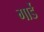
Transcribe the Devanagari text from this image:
गार्डे